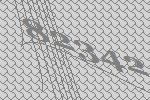
82342